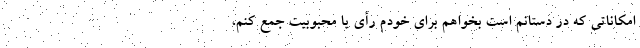
امکاناتی که در دستانم است بخواهم برای خودم رأی یا محبوبیت جمع کنم،